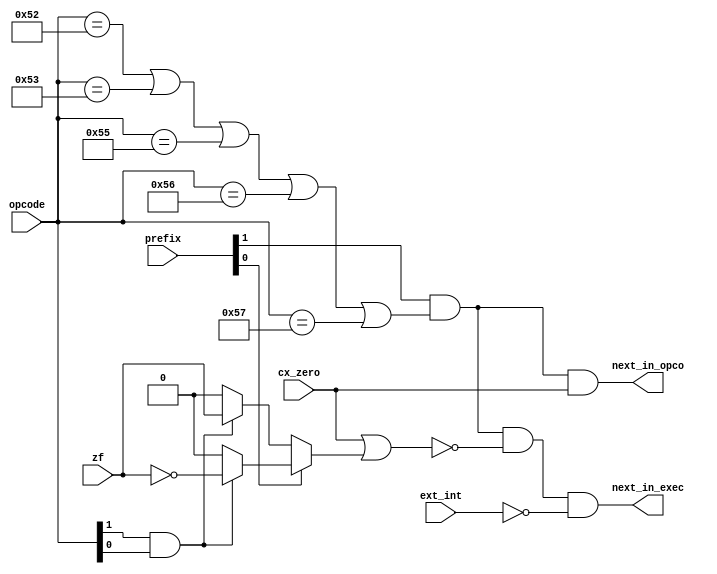
module zet_next_or_not (
    input [1:0] prefix,
    input [7:1] opcode,
    input cx_zero,
    input zf,
    input ext_int,
    output next_in_opco,
    output next_in_exec
  );

  // Net declarations
  wire exit_z, cmp_sca, exit_rep, valid_ops;

  // Assignments
  assign cmp_sca = opcode[2] & opcode[1];
  assign exit_z = prefix[0] ? /* repz */ (cmp_sca ? ~zf : 1'b0 )
                            : /* repnz */ (cmp_sca ? zf : 1'b0 );
  assign exit_rep = cx_zero | exit_z;
  assign valid_ops = (opcode[7:1]==7'b1010_010   // movs
                   || opcode[7:1]==7'b1010_011   // cmps
                   || opcode[7:1]==7'b1010_101   // stos
                   || opcode[7:1]==7'b1010_110   // lods
                   || opcode[7:1]==7'b1010_111); // scas
  assign next_in_exec = prefix[1] && valid_ops && !exit_rep && !ext_int;
  assign next_in_opco = prefix[1] && valid_ops && cx_zero;
endmodule